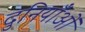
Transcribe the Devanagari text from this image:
दुनियाँओं